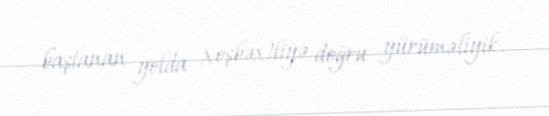
başlanan yolda xoşbəxtliyə doğru yürüməliyik.